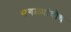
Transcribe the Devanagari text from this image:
सगळ्यांचीच